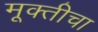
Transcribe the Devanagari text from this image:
मूक्तीचा